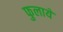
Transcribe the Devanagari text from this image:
फुलाये